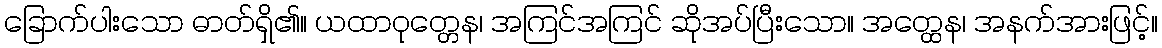
ခြောက်ပါးသော ဓာတ်ရှိ၏။ ယထာဝုတ္တေန၊ အကြင်အကြင် ဆိုအပ်ပြီးသော။ အတ္ထေန၊ အနက်အားဖြင့်။